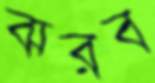
ঝরব